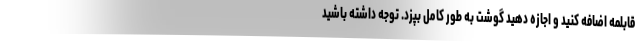
قابلمه اضافه کنید و اجازه دهید گوشت به طور کامل بپزد. توجه داشته باشید